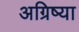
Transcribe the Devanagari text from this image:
अग्रिष्या